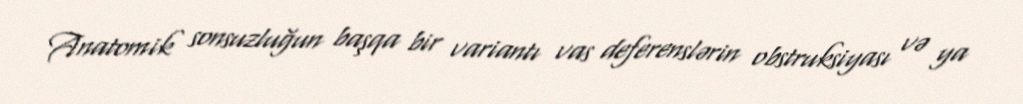
Anatomik sonsuzluğun başqa bir variantı vas deferenslərin obstruksiyası və ya